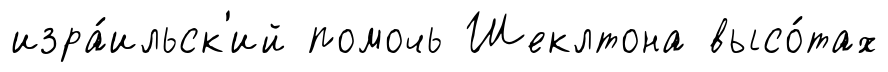
изра́ильск'ий помочь Шеклтона высо́тах